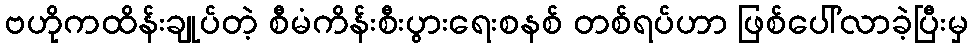
ဗဟိုကထိန်းချုပ်တဲ့ စီမံကိန်းစီးပွားရေးစနစ် တစ်ရပ်ဟာ ဖြစ်ပေါ်လာခဲ့ပြီးမှ